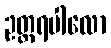
ဥတ္တရပါလော